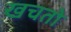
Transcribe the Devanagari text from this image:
खचतो